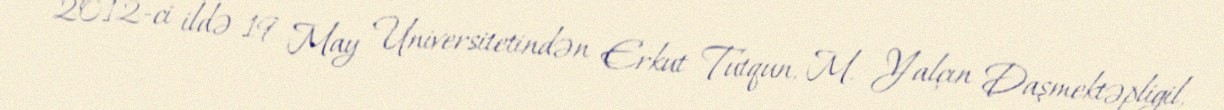
2012-ci ildə 19 May Universitetindən Erkut Tutqun, M. Yalçın Daşmektəpligil,